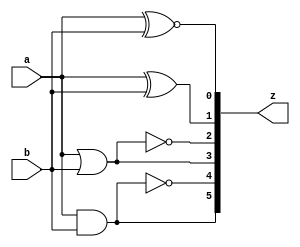
`timescale 1ns / 1ps
//////////////////////////////////////////////////////////////////////////////////
// Company: 
// Engineer: 
// 
// Design Name: 
// Module Name: gates2
// Project Name: 
// Target Devices: 
// Tool Versions: 
// Description: 
// 
// Dependencies: 
// 
// Revision:
// Revision 0.01 - File Created
// Additional Comments:
// 
//////////////////////////////////////////////////////////////////////////////////


module gates2(
    input wire a,
    input wire b,
    output wire [5:0] z
    );
    
    assign z[5] = a & b;
    assign z[4] = ~(a & b);
    assign z[3] = a | b;
    assign z[2] = ~(a | b);
    assign z[1] = a ^ b;
    assign z[0] = a ~^ b;

endmodule